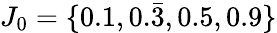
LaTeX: J_{0}=\{ 0.1,0.\bar{3},0.5,0.9\}